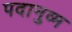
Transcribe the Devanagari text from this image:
पदानुव्म